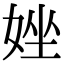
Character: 㛗